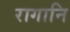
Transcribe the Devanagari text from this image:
रागानि